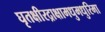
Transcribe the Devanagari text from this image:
घृतक्षीरद्राक्षामधुमधुरिमा